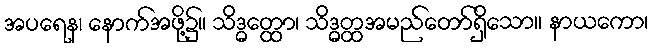
အပရေန၊ နောက်အဖို့၌။ သိဒ္ဓတ္ထော၊ သိဒ္ဓတ္ထအမည်တော်ရှိသော။ နာယကော၊